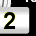
Digit: 2